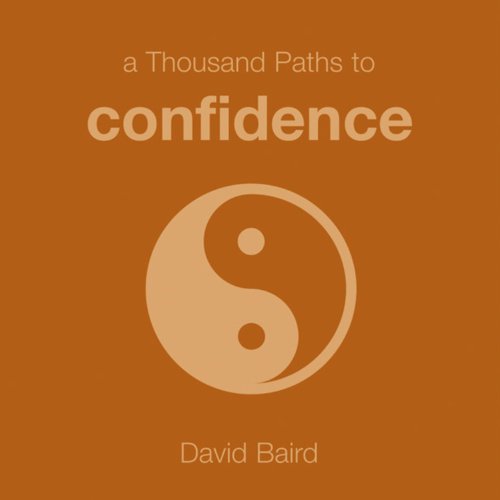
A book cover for A Thousand Paths to Confidence; David Baird; Teen & Young Adult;